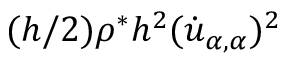
( h / 2 ) \rho ^ { * } h ^ { 2 } ( \dot { u } _ { \alpha , \alpha } ) ^ { 2 }